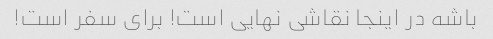
باشه در اینجا نقاشی نهایی است! برای سفر است!